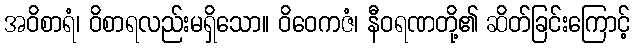
အဝိစာရံ၊ ဝိစာရလည်းမရှိသော။ ဝိဝေကဇံ၊ နီဝရဏတို့၏ ဆိတ်ခြင်းကြောင့်